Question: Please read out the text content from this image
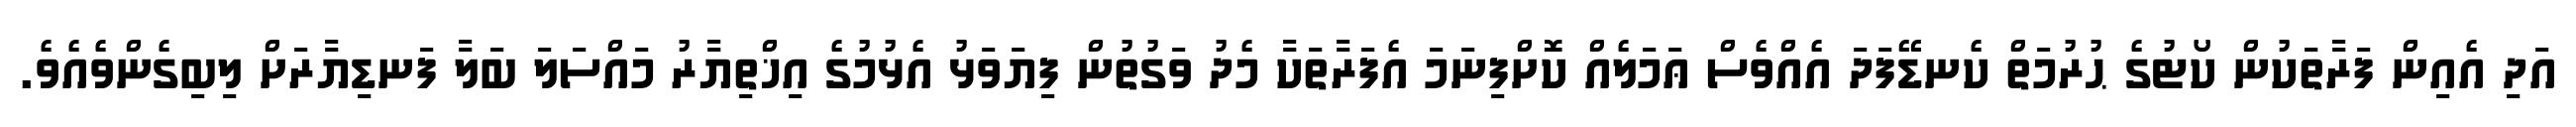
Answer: އަދި އެއިން ފަރާތަކުން ކޯޓުގެ ޙުރުމަތް ކެނޑޭފަދަ އެއްވެސް ޢަމަލެއް ކޮށްފިނަމަ އެފަރާތަކާ މެދު ވަގުތުން ފިޔަވަޅު އެޅުމުގެ އިޚްތިޔާރު މައްސަލަ ބަލާ ފަނޑިޔާރަށް ލިބިގެންވެއެވެ.